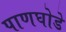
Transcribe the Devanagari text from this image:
पाणघोडे